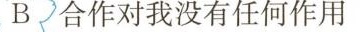
B 合作对我没有任何作用